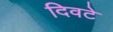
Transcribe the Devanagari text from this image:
दिवटे